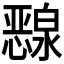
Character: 𰒜